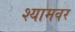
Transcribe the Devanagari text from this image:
श्यामवर